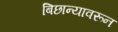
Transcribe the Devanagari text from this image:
बिछान्यावरून